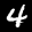
Label: 4